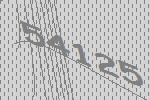
54125